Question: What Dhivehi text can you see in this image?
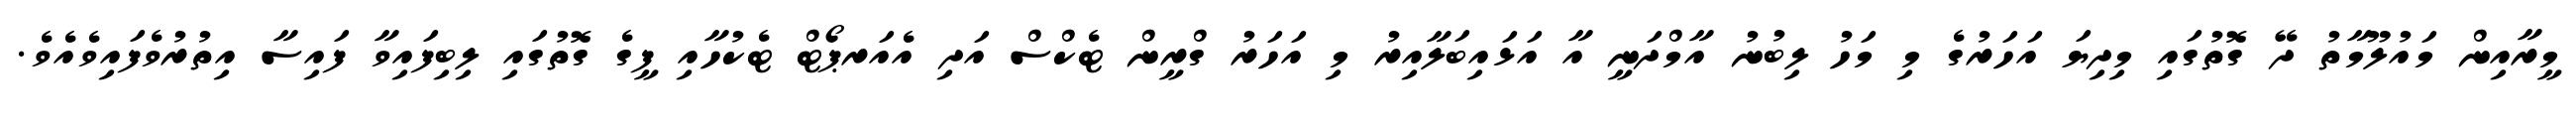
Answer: މީރާއިން މައުލޫމާތު ދޭ ގޮތުގައި މިދިޔަ އަހަރުގެ މި މަހު ލިބުނު އާމްދަނީ އާ އަޅައިބަލާއިރު މި އަހަރު ގްރީން ޓެކްސް އަދި އެއަރޕޯޓް ޓެކުހާއި ފީގެ ގޮތުގައި ލިބިފައިވާ ފައިސާ އިތުރުވެފައިވެއެވެ.